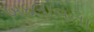
બદલાવના